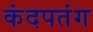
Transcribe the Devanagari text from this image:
कंदपतंग